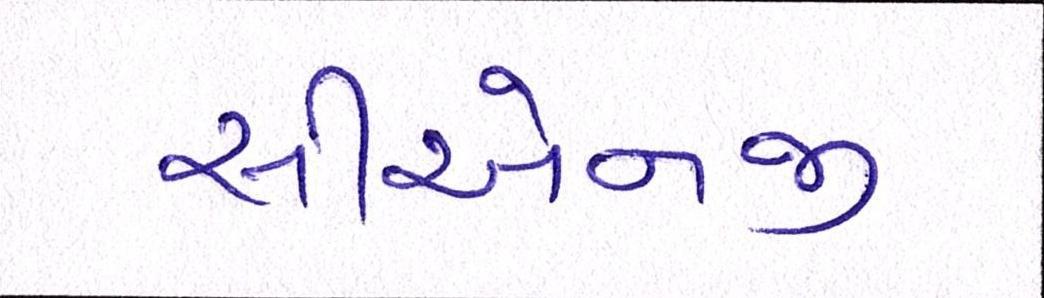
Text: સીએનજી